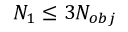
N _ { 1 } \le 3 N _ { o b j }